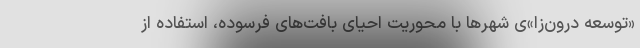
«توسعه درون‌زا»ی شهرها با محوریت احیای بافت‌های فرسوده، استفاده از